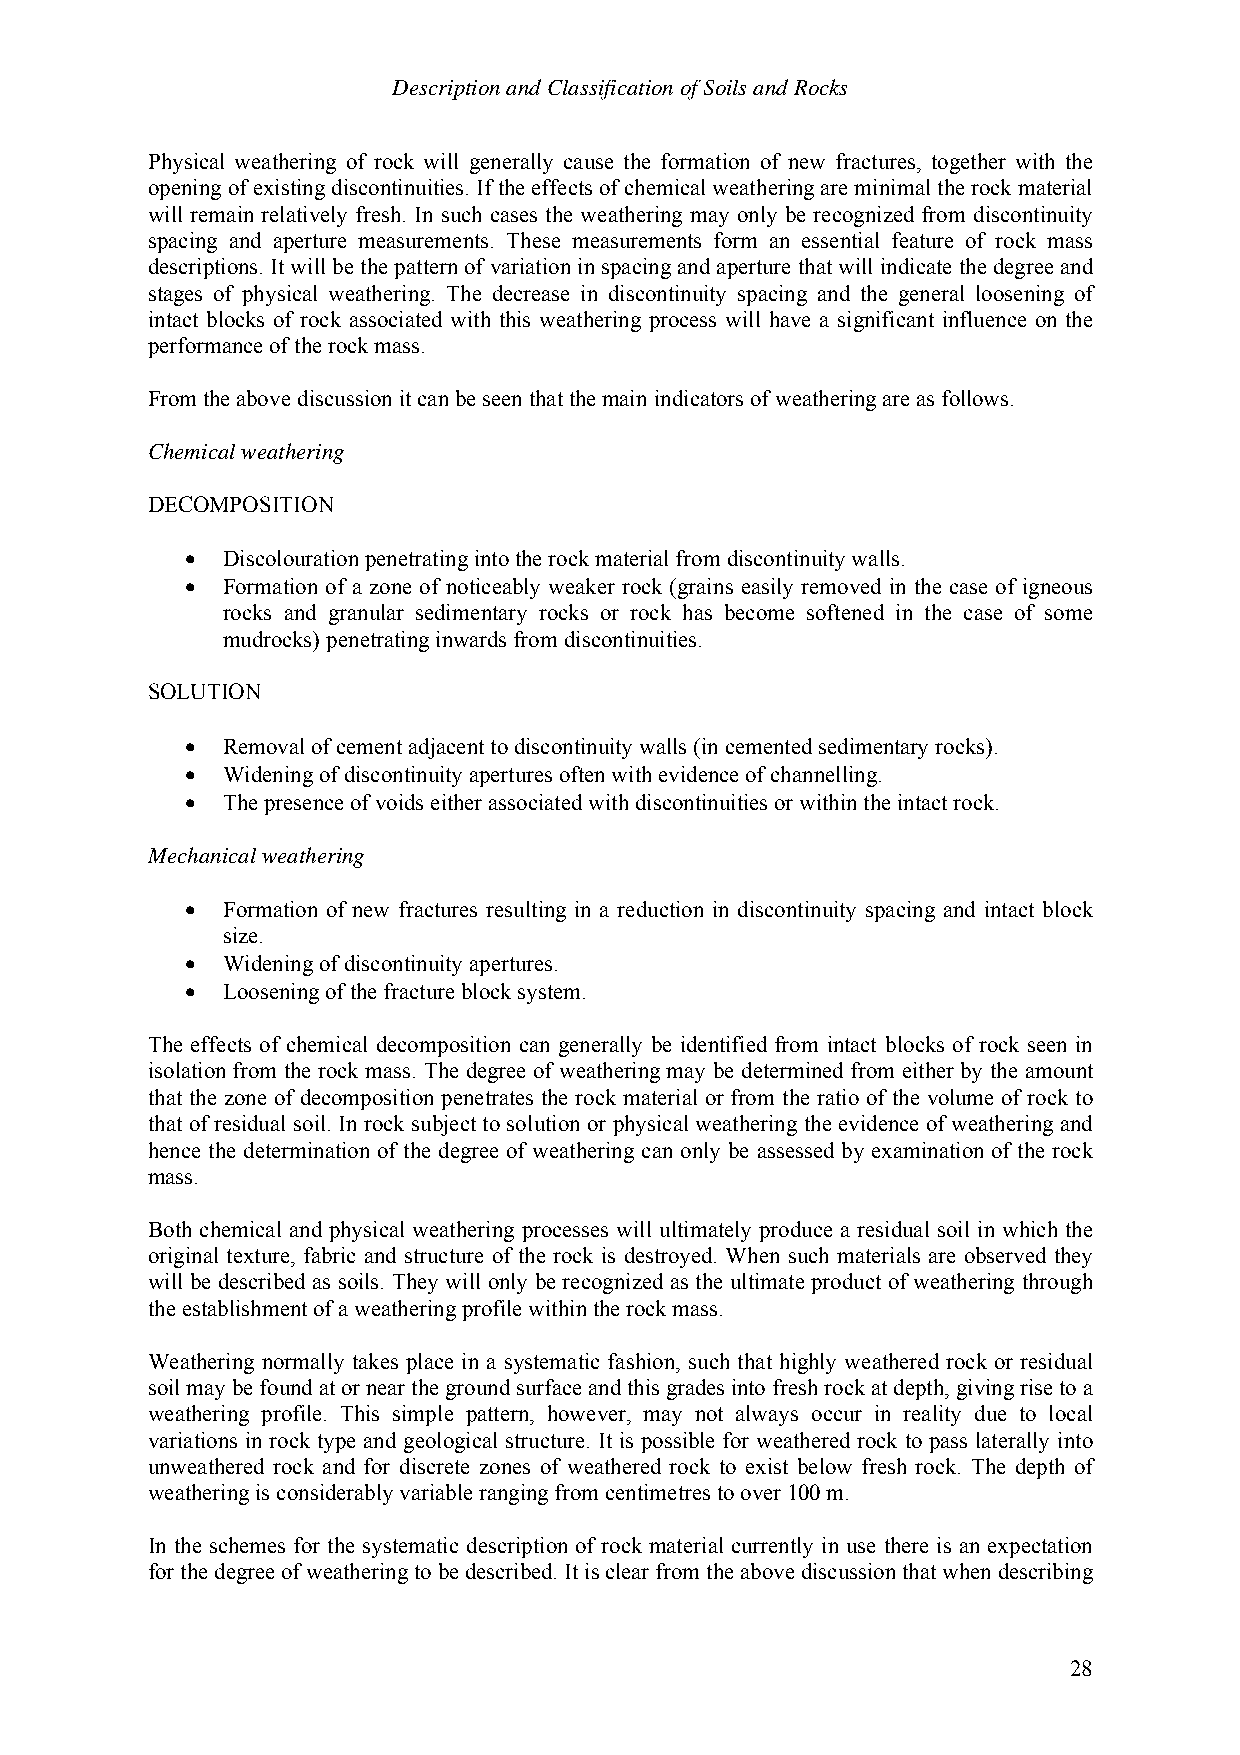
Description and Classification of Soils and Rocks
 Physical weathering of rock will generally cause the formation of new fractures, together with the
 opening of existing discontinuities. If the effects of chemical weathering are minimal the rock material
 will remain relatively fresh. In such cases the weathering may only be recognized from discontinuity
 spacing and aperture measurements. These measurements form an essential feature of rock mass
 descriptions. It will be the pattern of variation in spacing and aperture that will indicate the degree and
 stages of physical weathering. The decrease in discontinuity spacing and the general loosening of
 intact blocks of rock associated with this weathering process will have a significant influence on the
 performance of the rock mass.
 From the above discussion it can be seen that the main indicators of weathering are as follows.
 Chemical weathering
 DECOMPOSITION
 •  Discolouration penetrating into the rock material from discontinuity walls.
 •  Formation of a zone of noticeably weaker rock (grains easily removed in the case of igneous
 rocks and granular sedimentary rocks or rock has become softened in the case of some
 mudrocks) penetrating inwards from discontinuities.
 SOLUTION
 •  Removal of cement adjacent to discontinuity walls (in cemented sedimentary rocks).
 •  Widening of discontinuity apertures often with evidence of channelling.
 •  The presence of voids either associated with discontinuities or within the intact rock.
 Mechanical weathering
 •  Formation of new fractures resulting in a reduction in discontinuity spacing and intact block
 size.
 •  Widening of discontinuity apertures.
 •  Loosening of the fracture block system.
 The effects of chemical decomposition can generally be identified from intact blocks of rock seen in
 isolation from the rock mass. The degree of weathering may be determined from either by the amount
 that the zone of decomposition penetrates the rock material or from the ratio of the volume of rock to
 that of residual soil. In rock subject to solution or physical weathering the evidence of weathering and
 hence the determination of the degree of weathering can only be assessed by examination of the rock
 mass.
 Both chemical and physical weathering processes will ultimately produce a residual soil in which the
 original texture, fabric and structure of the rock is destroyed. When such materials are observed they
 will be described as soils. They will only be recognized as the ultimate product of weathering through
 the establishment of a weathering profile within the rock mass.
 Weathering normally takes place in a systematic fashion, such that highly weathered rock or residual
 soil may be found at or near the ground surface and this grades into fresh rock at depth, giving rise to a
 weathering profile. This simple pattern, however, may not always occur in reality due to local
 variations in rock type and geological structure. It is possible for weathered rock to pass laterally into
 unweathered rock and for discrete zones of weathered rock to exist below fresh rock. The depth of
 weathering is considerably variable ranging from centimetres to over 100 m.
 In the schemes for the systematic description of rock material currently in use there is an expectation
 for the degree of weathering to be described. It is clear from the above discussion that when describing
 28